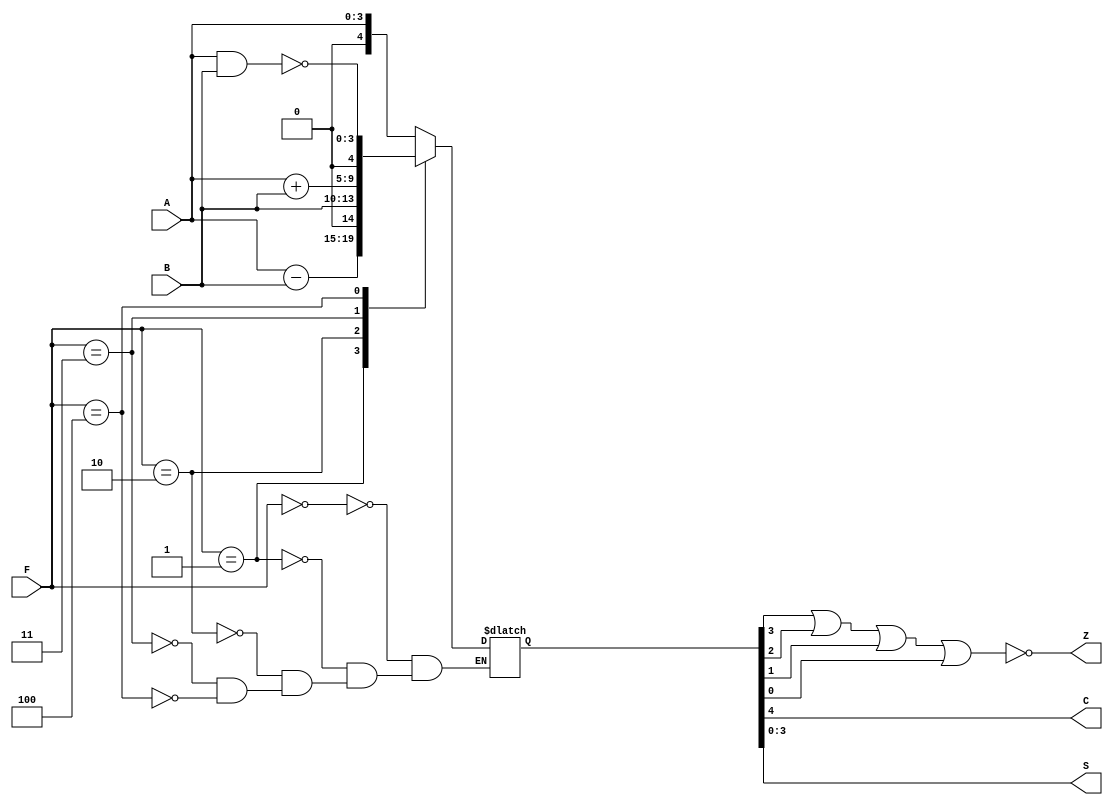
//-----------------------------------------------------
// ELECTRNICA DIGITAL 1
// AXEL MAZARIEGOS - 131212
// 16 - NOVIEMBRE - 2020
//
// PROYECTO 02
// PROCESADOR EN HDL
// ALU
//-----------------------------------------------------
//-----------------------------------------------------



module ALU(input wire [3:0] A,      // accu
           input wire [3:0] B,      // data_bus
           input wire [2:0] F,      // funcion (proveniente del Decode)
           output wire C, Z,        // carry y Z
           output wire [3:0] S);    // salida de la alu
    
    reg [4:0] regS; // bandera para obtener el carry de forma sencilla
    
    always @ (A, B, F)
        case (F)
            3'b000: regS = A;                   // deja pasar el dato del Accumulator
            3'b001: regS = A - B;               // para comparar
            3'b010: regS = B;                   // deja pasar el dato del data_bus
            3'b011: regS = A + B;               // suma lo que esta en el Accumulator y en el data_bus
            3'b100: regS = {1'b0, ~(A & B)};    // NAND
            //default: regS = 5'b10101;
        endcase
    
    assign S = regS[3:0];   // la salida seran los 4 bits menos significativos de la bandera
    
    assign C = regS[4];     // el carry ser el bit ms significativo de la bandera
    
    assign Z = ~(regS[3] | regS[2] | regS[1] | regS[0]);
    // cuando la salida es 0000 Z ser 1, de lo contrario ser 0
    
endmodule